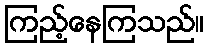
ကြည့်နေကြသည်။